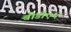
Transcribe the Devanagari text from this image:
बीडीएम